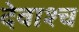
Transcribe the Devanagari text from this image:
देवाश्च